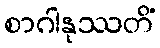
စာဂါနုဿတိံ